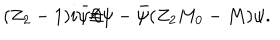
( Z _ { 2 } - 1 ) i \bar { \psi } \! \! \not \! \partial \psi - \bar { \psi } ( Z _ { 2 } M _ { 0 } - M ) \psi .